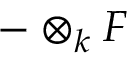
- \otimes _ { k } F